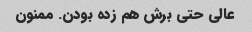
عالی حتی برش هم زده بودن. ممنون